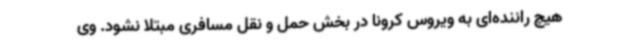
هیچ راننده‌ای به ویروس کرونا در بخش حمل و نقل مسافری مبتلا نشود. وی